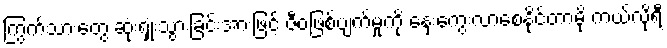
ကြွက်သားတွေ ဆုံးရှုံးသွားခြင်းအားဖြင့် ဇီဝဖြစ်ပျက်မှုကို နှေးကွေးလာစေနိုင်တာမို့ ကယ်လိုရီ